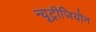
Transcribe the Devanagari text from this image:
न्यूट्रीजियोन